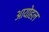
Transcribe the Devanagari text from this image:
आयोहल